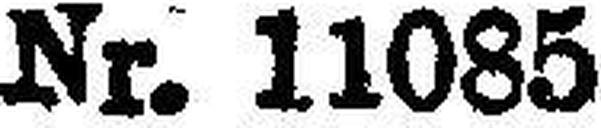
Nr. 11085